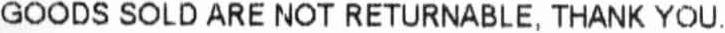
GOODS SOLD ARE NOT RETURNABLE, THANK YOU.